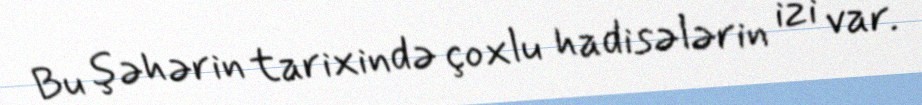
Bu şəhərin tarixində çoxlu hadisələrin izi var.